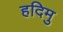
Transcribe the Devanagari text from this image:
हदिमु